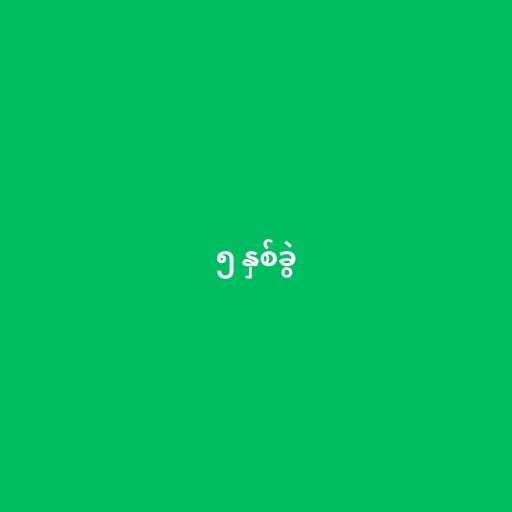
၅ နှစ်ခွဲ